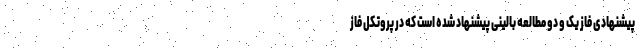
پیشنهادی فاز یک و دو مطالعه بالینی پیشنهاد شده است که در پروتکل فاز